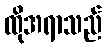
ထိုအရာသည်